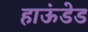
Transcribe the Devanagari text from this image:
हाऊंडेड